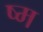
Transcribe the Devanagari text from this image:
ष्म